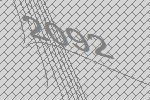
2092